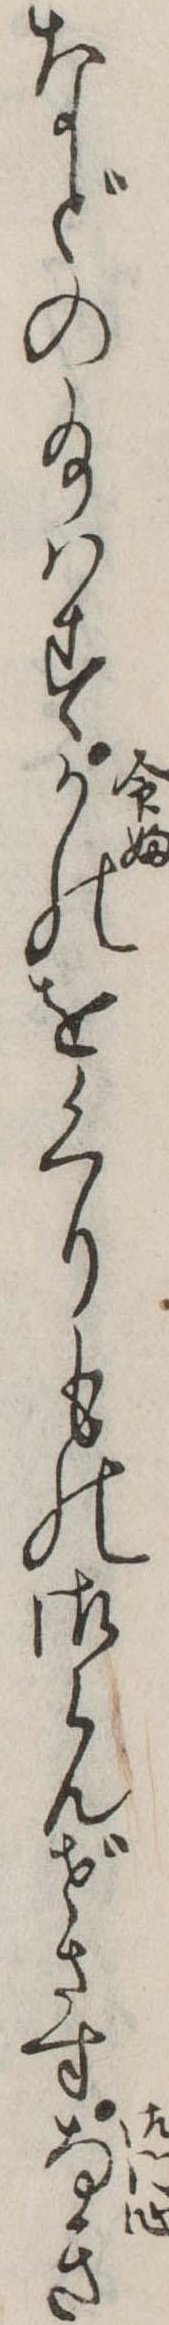
などの給はすかのをくりもの御らんぜさすなき